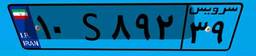
۱۰S۸۹۲۳۹